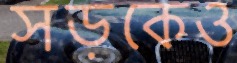
সড়কেও